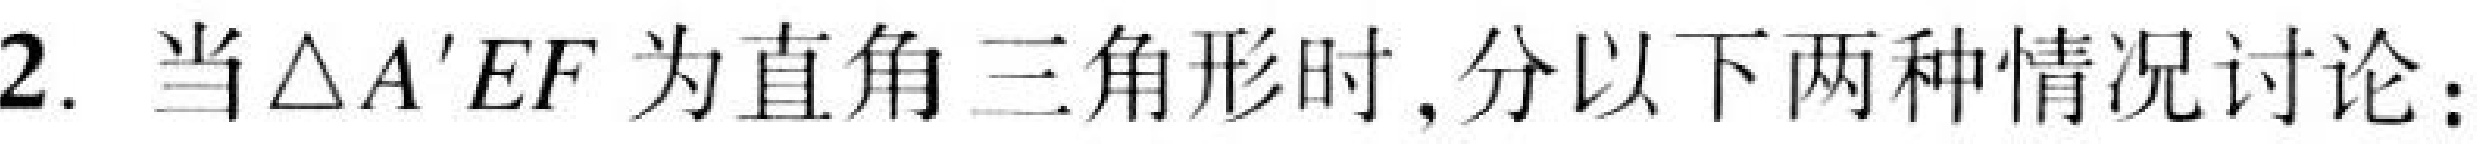
2. 当\(\triangle A'EF\)为直角三角形时,分以下两种情况讨论：